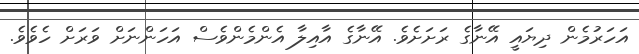
އަހަރުމެން ދިޔައީ އޭނާގެ ރަށަށެވެ. އޭނާގެ އާއިލާ އެންމެންވެސް އަހަންނަށް ވަރަށް ހެވެވެ.